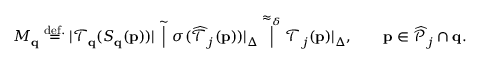
M _ { \mathbf { q } } \stackrel { \mathrm { d e f . } } { = } | \mathcal { T } _ { \mathbf { q } } ( S _ { \mathbf { q } } ( \mathbf { p } ) ) | \stackrel { \sim } | \sigma ( \widehat { \mathcal { T } } _ { j } ( \mathbf { p } ) ) | _ { \Delta } \stackrel { \approx _ { \delta } } | \mathcal { T } _ { j } ( \mathbf { p } ) | _ { \Delta } , \qquad \mathbf { p } \in \widehat { \mathcal { P } } _ { j } \cap \mathbf { q } .